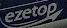
ezetpo